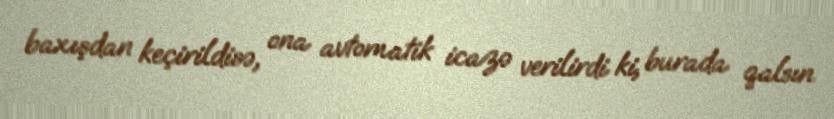
baxışdan keçirildisə, ona avtomatik icazə verilirdi ki, burada qalsın.